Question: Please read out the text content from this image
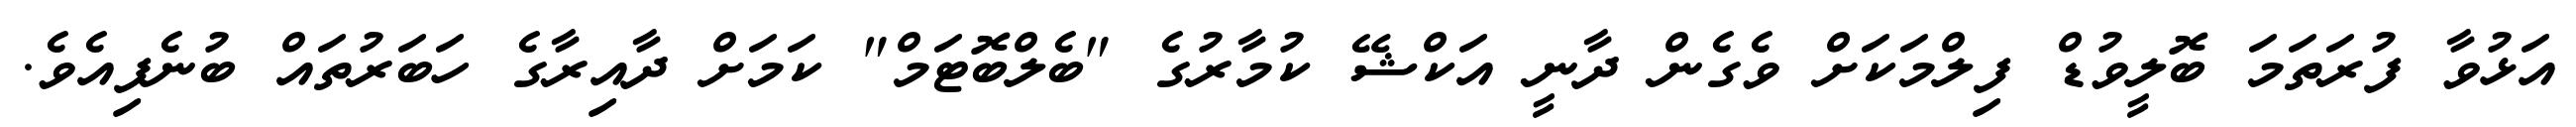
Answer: އަޅުވާ ފުރަތަމަ ބޮލީވުޑް ފިލްމަކަށް ވެގެން ދާނީ އަކްޝޭ ކުމާރުގެ "ބެލްބޮޓަމް" ކަމަށް ދާއިރާގެ ހަބަރުތައް ބުނެފިއެވެ.